Leaving Certificate Examination, 1907
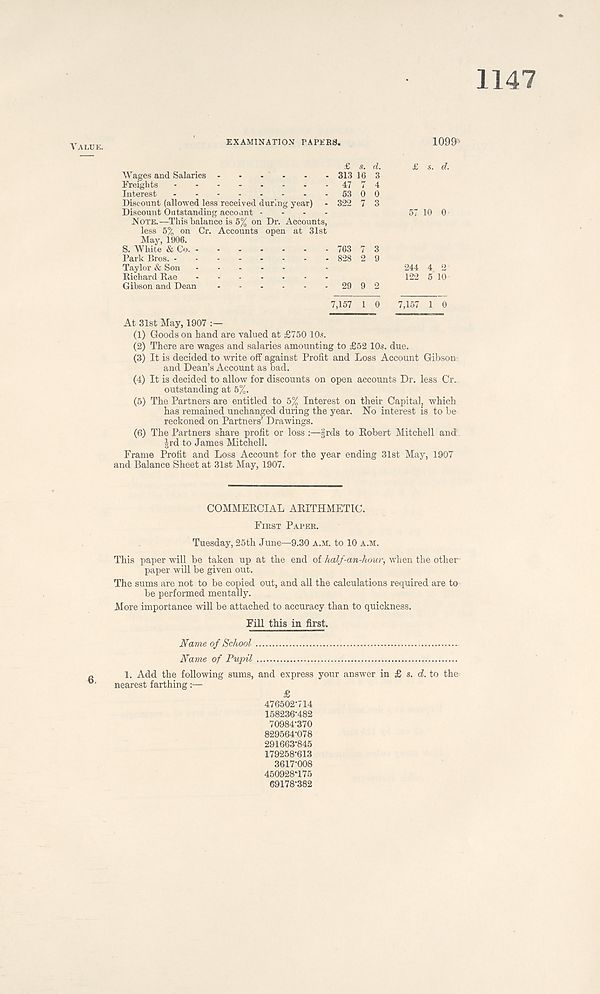
1147
Value.
EXAMINATION PAPEBS,
1099'
£ s. d.
Wages and Salaries
313 16 3
Freights
47 74
Interest
53 0 0
Discount (allowed less received during year) - 322 7 3
Discount Outstanding account - - - .
Note.—This balance is 5% on Dr. Accounts,
less u/ c un v-/i. recounts open at oist
May, 1906.
S. White & Co.
763 7 3
Park Bros.
828 2 9
Taylor & Son
Richard Rae
Gibson and Dean
29 9 2
£ 5. d.
57 10 0
244 4, 2
122 5 10
7,157 1 0 7,157 1 0
At 31st May, 1907
(1) Goods on hand are valued at £750 10s.
(2) There are wages and salaries amounting to £52 10s. due.
(3) It is decided to write off against Profit and Loss Account Gibson;
and Dean’s Account as bad.
(4) It is decided to allow for discounts on open accounts Dr. less Cr.
outstanding at 5%.
(5) The Partners are entitled to 5% Interest on their Capital, which
has remained unchanged during the year. No interest is to be
reckoned on Partners’ Drawings.
(6) The Partners share profit or loss :—§rds to Robert Mitchell and
Jrd to James Mitchell.
Frame Profit and Loss Account for the year ending 31st May, 1907
and Balance Sheet at 31st May, 1907.
COMMERCIAL ARITHMETIC.
First Paper.
Tuesday, 25th June—9.30 a.m. to 10 a.m.
This paper will be taken up at the end of half-an-hour, when the other-
paper will be given out.
The sums are not to be copied out, and all the calculations required are to
be performed mentally.
More importance will be attached to accuracy than to quickness.
Fill this in first.
Name of School
Name of Pupil
1. Add the following sums, and express your answer in £ s. d. to the
nearest farthing
£
476502-714
158236-482
70984-370
829564-078 291663-845
179258-613 3617-008
450928*175 69178-382